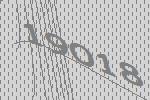
19018